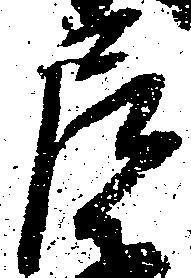
尼